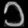
Digit: ၁